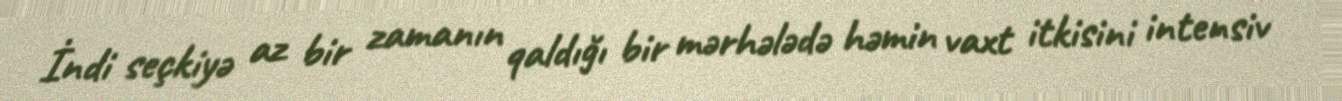
İndi seçkiyə az bir zamanın qaldığı bir mərhələdə həmin vaxt itkisini intensiv